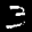
Label: 3